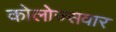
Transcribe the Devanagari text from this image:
कोलोज्सवार